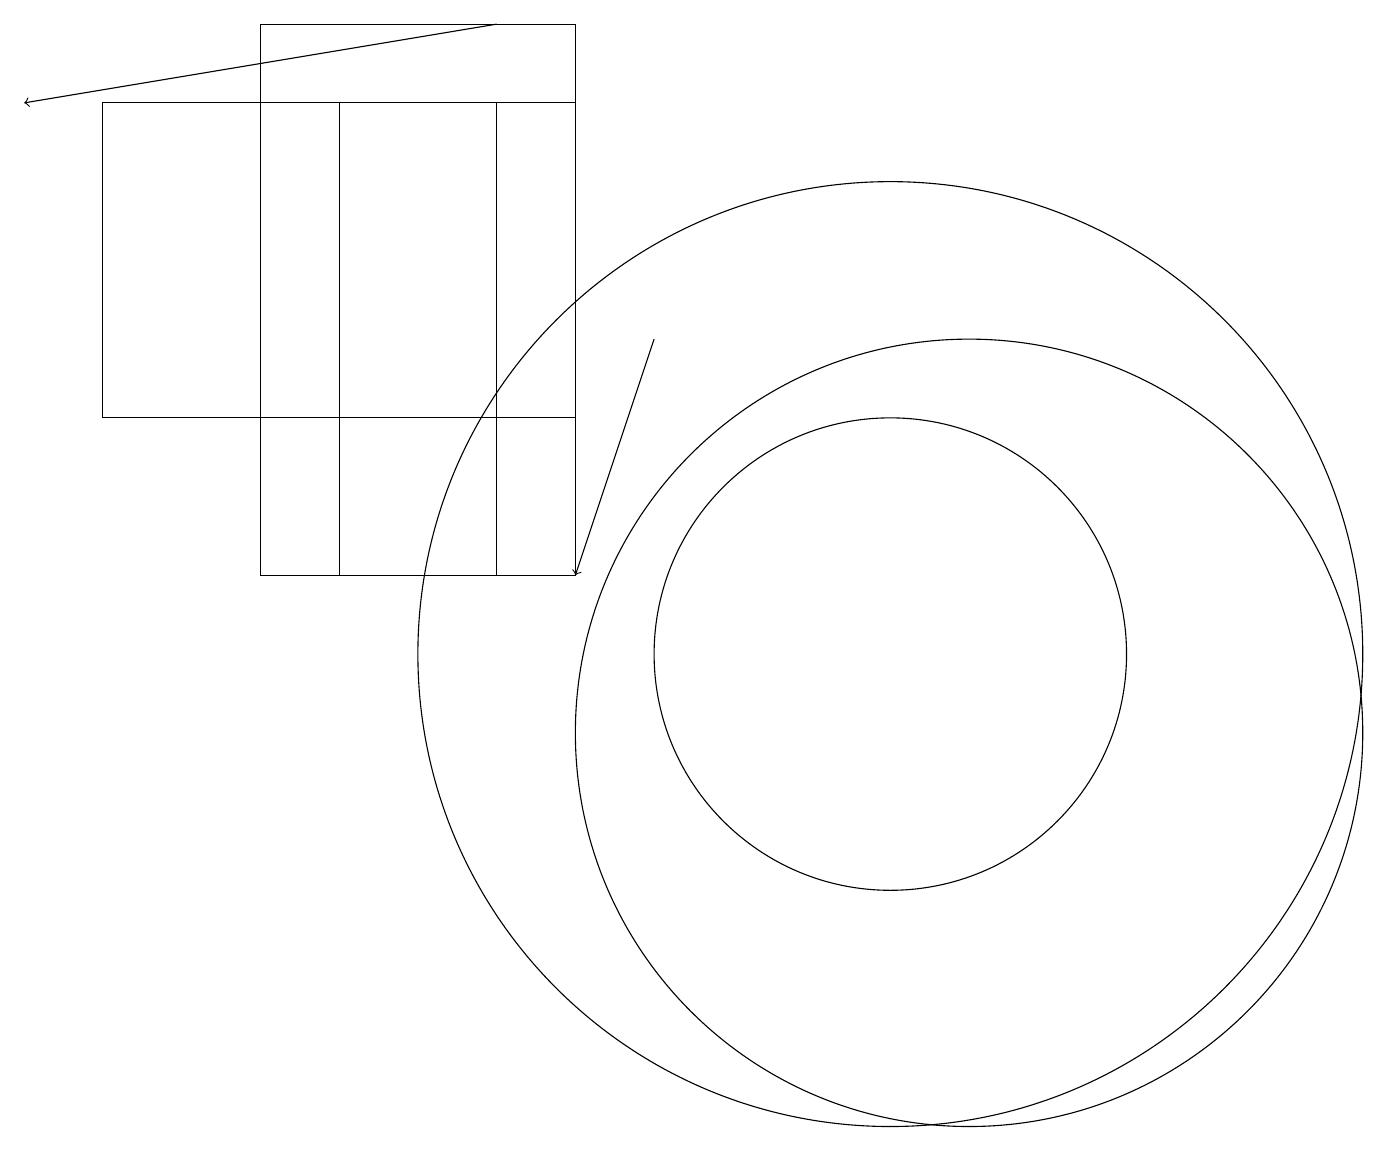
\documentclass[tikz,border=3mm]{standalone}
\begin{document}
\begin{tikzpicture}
\draw[->] (8,15) -- (7,12);
\draw (12,10) circle (5);
\draw (11,11) circle (6);
\draw (4,12) rectangle (6,18);
\draw[->] (6,19) -- (0,18);
\draw (1,18) rectangle (7,14);
\draw (3,12) rectangle (7,19);
\draw (11,11) circle (3);
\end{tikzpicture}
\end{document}